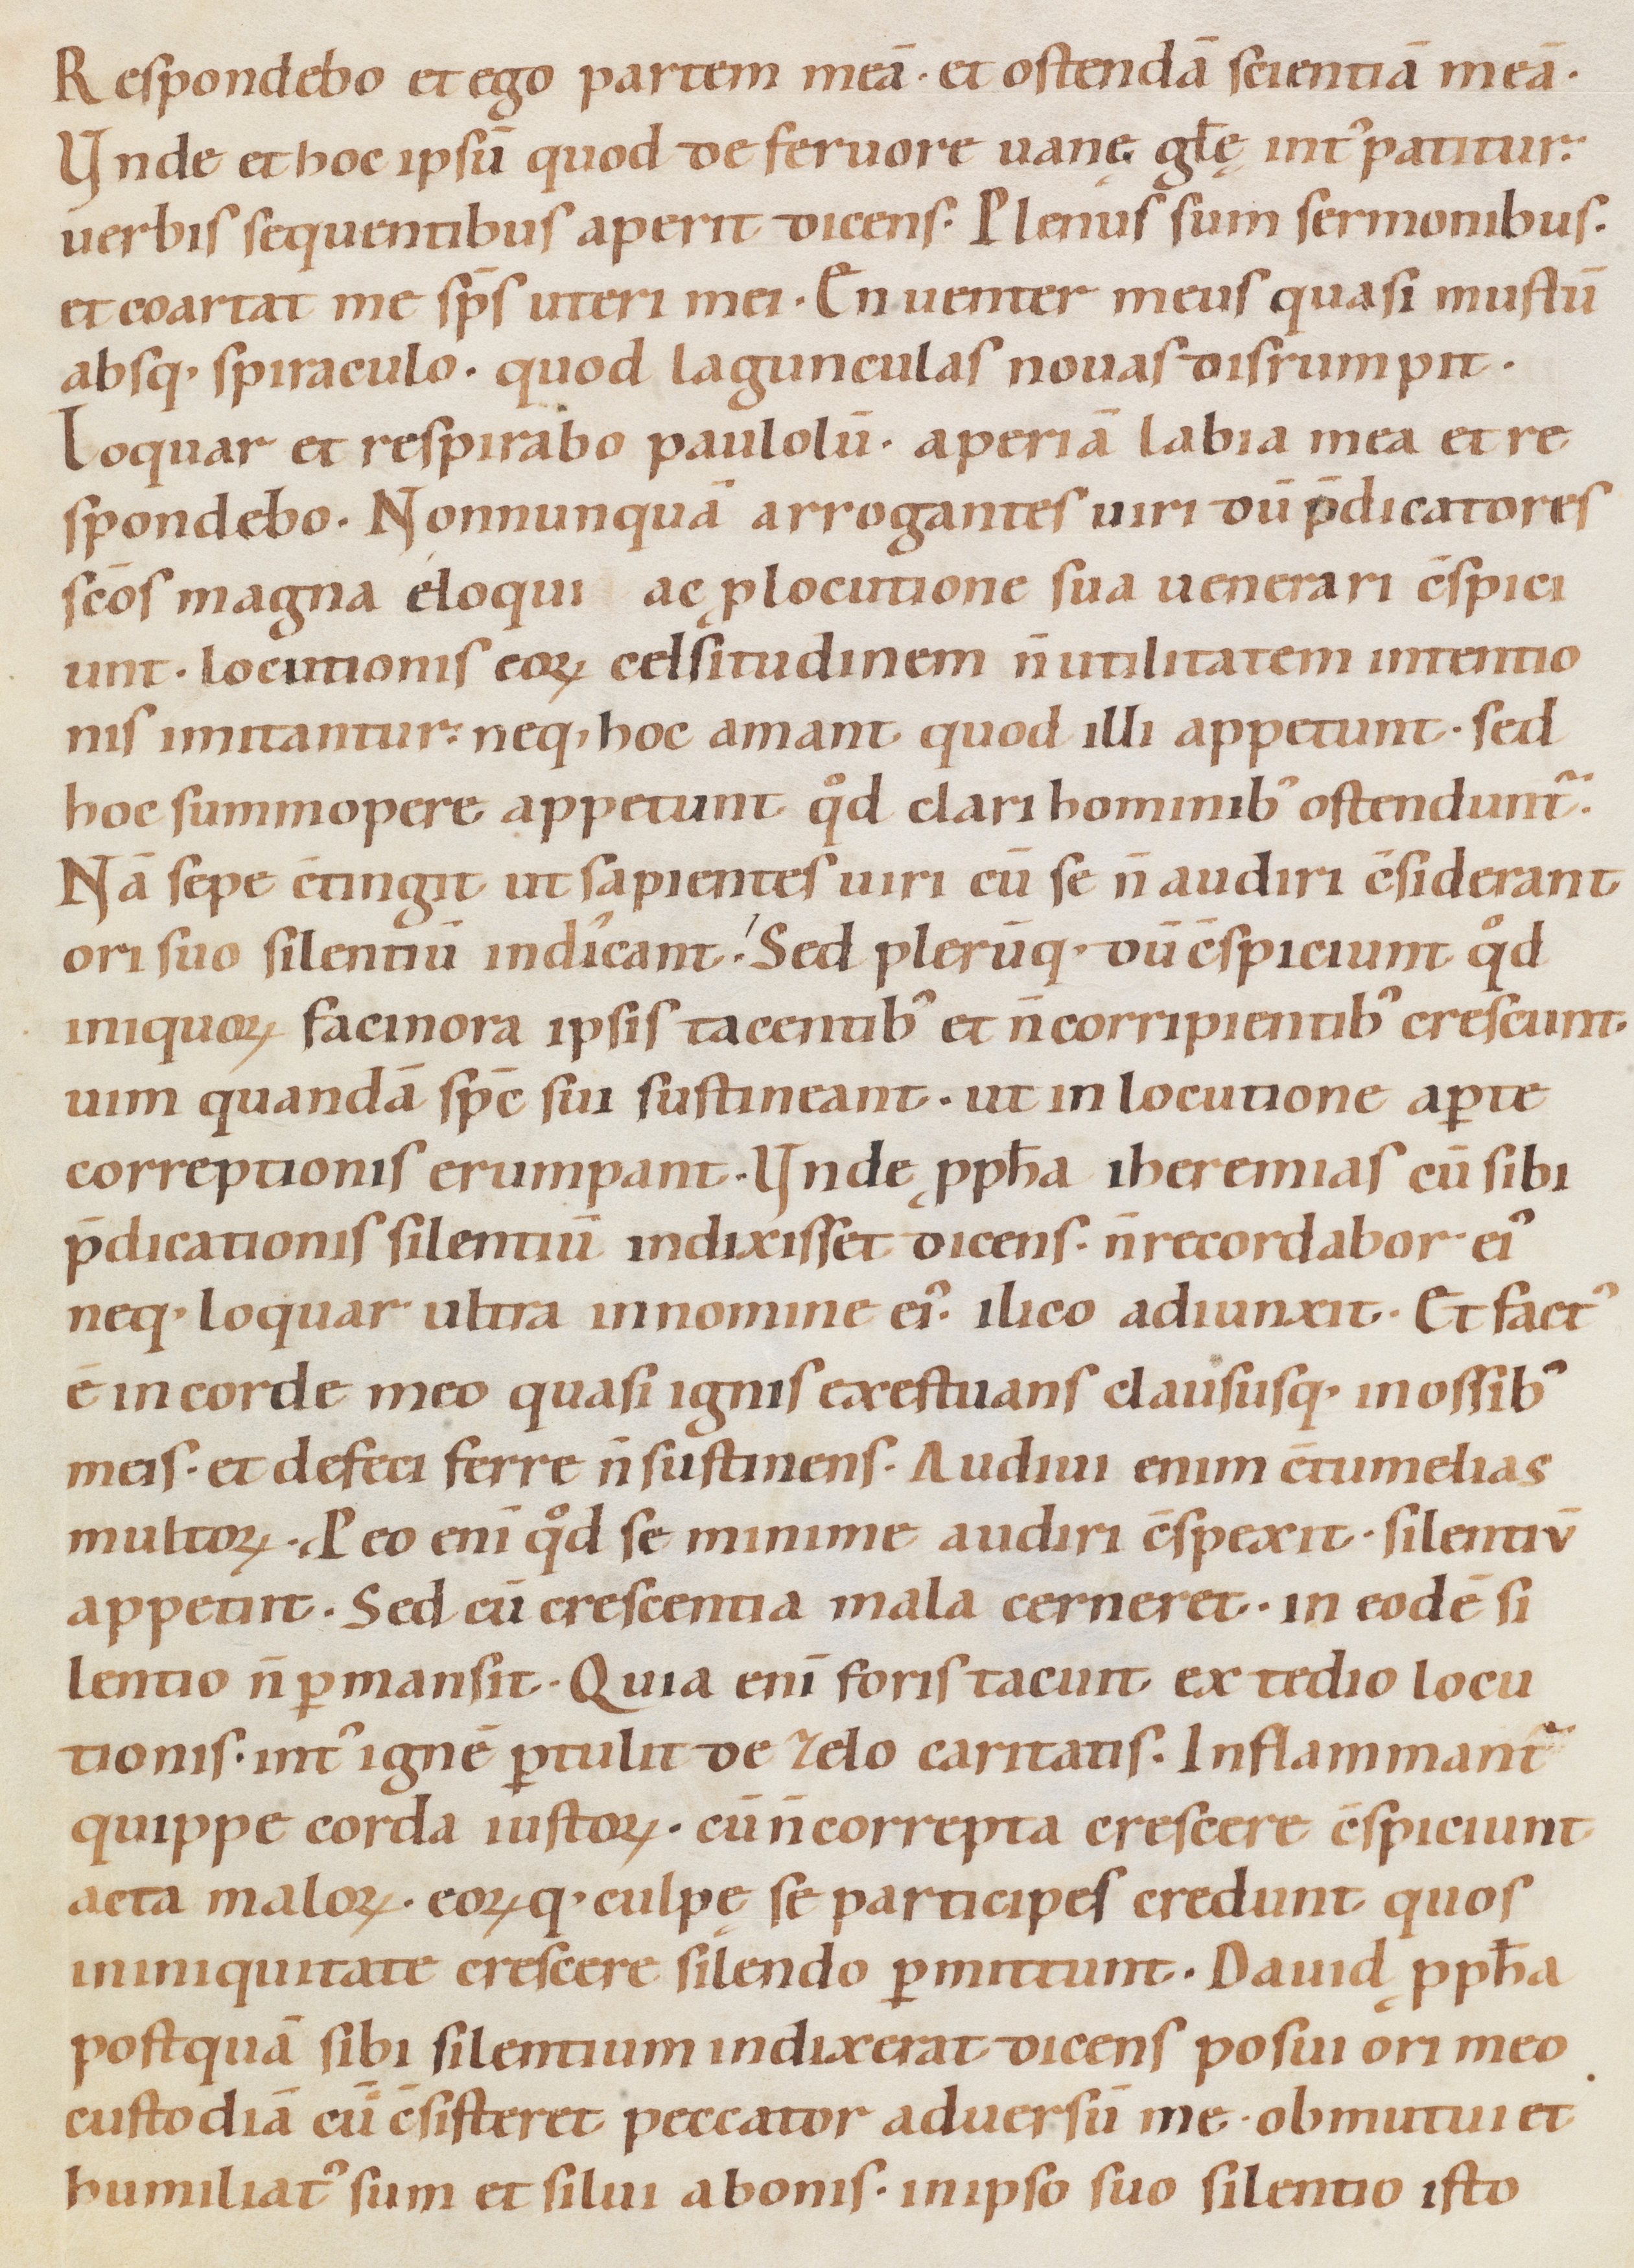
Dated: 1080–1096